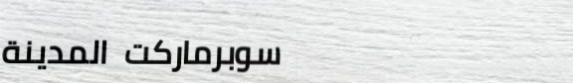
سوبرماركت المدينة